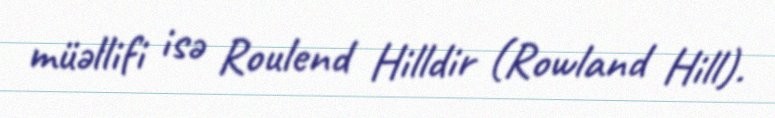
müəllifi isə Roulend Hilldir (Rowland Hill).